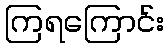
ကြရကြောင်း